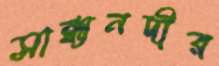
সান্ধ্যনদীর